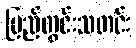
ပြည်တွင်းသတင်း